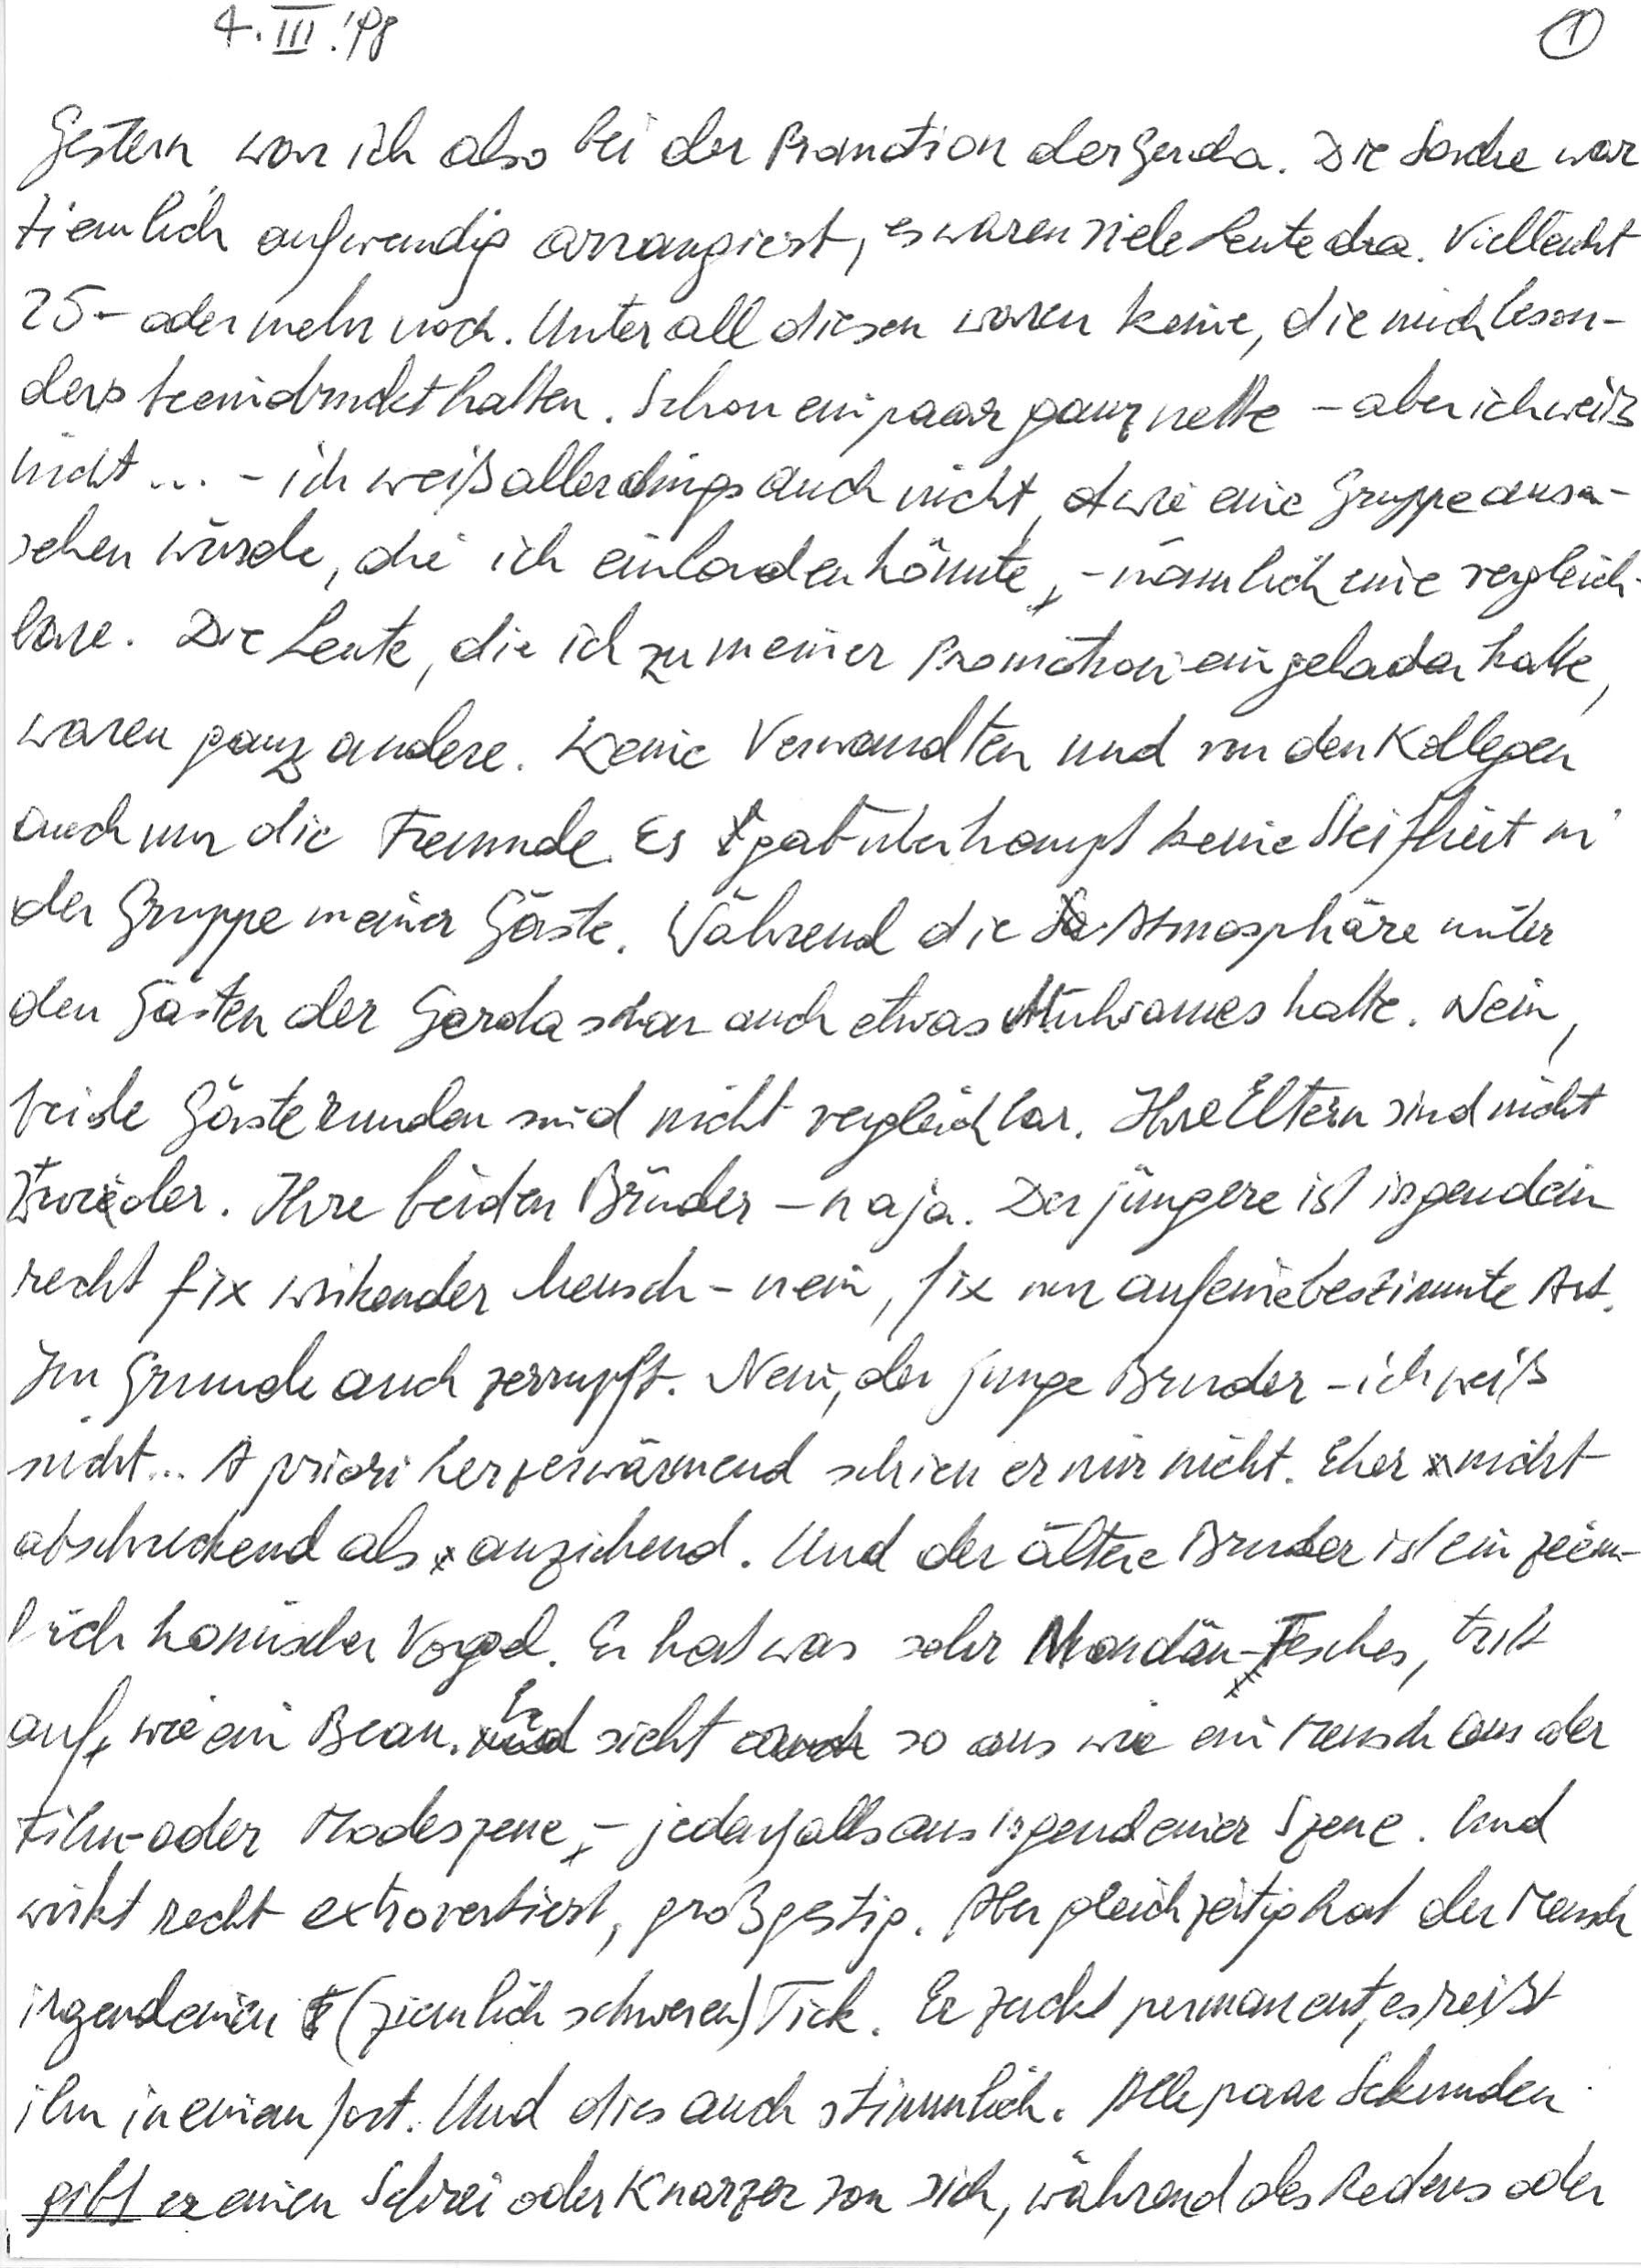
4. III. ‘98
Gestern war ich also bei der Promotion der Gerda. Die Sache war
ziemlich aufwendig arrangiert, es waren viele Leute da. Vielleicht
25 – oder mehr noch. Unter all diesen waren keine, die mich beson-
ders beeindruckt hatten. Schon ein paar ganz nette – aber ich weiß
nicht … – ich weiß allerdings auch nicht, wie eine Gruppe aus-
sehen würde, die ich einladen könnte – nämlich eine vergleich-
bare. Die Leute, die ich zu meiner Promotion eingeladen hatte,
waren ganz andere. Keine Verwandten und von den Kollegen
auch nur die Freunde. Es gab überhaupt keine Steifheit in
der Gruppe meiner Gäste. Während die Atmosphäre unter
den Gästen der Gerda schon auch etwas Mühsames hatte. Nein,
beide Gästerunden sind nicht vergleichbar. Ihre Eltern sind nicht
zwider. Ihre beiden Brüder – naja. Der jüngere ist irgendein
recht fix wirkender Mensch – nein, fix nur auf eine bestimmte Art.
Im Grunde auch zerrupft. Nein, der junge Bruder – ich weiß
nicht … A priori herzerwärmend schien er mir nicht. Eher nicht
abschreckend als anziehend. Und der ältere Bruder ist ein ziem-
lich komischer Vogel. Er hat was sehr Mondän-Fesches, tritt
auf wie ein Beau. Er sieht so aus wie ein Mensch aus der
Film- oder Modeszene – jedenfalls aus irgendeiner Szene. Und
wirkt recht extrovertiert, großgestig. Aber gleichzeitig hat der Mensch
irgendeinen (ziemlich schweren) Tick. Er zuckt permanent, es reißt
ihn in einem fort. Und dies auch stimmlich. Alle paar Sekunden
gibt er einen Schrei oder Knarzer von sich, während des Redens oder